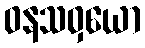
ဝနသဝှယော